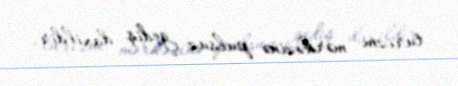
turizm mərkəzinə pulsuz gediş daxildir.